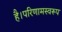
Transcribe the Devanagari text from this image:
है।परिणामस्वरूप